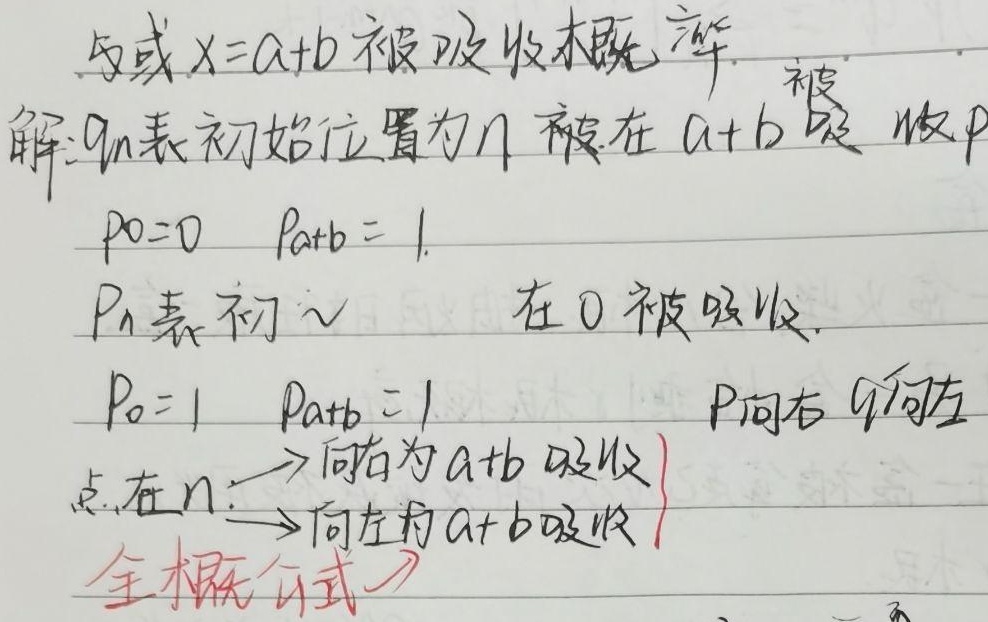
设或\(x = a + b\)被吸收概率。解：\(q_n\)表示初始位置为\(n\)被在\(a + b\)吸收概率，\(p_0 = 0\)，\(p_{a + b}=1\)。\(p_n\)表示初始在\(0\)被吸收，\(p_0 = 1\)，\(p_{a + b}=1\) ，\(p\)向右，\(q\)向左。点在\(n\)：
\[\begin{cases}
\to \text{向右为}a + b\text{吸收}\\
\to \text{向左为}a + b\text{吸收}
\end{cases}\]
全概公式\(\to\)